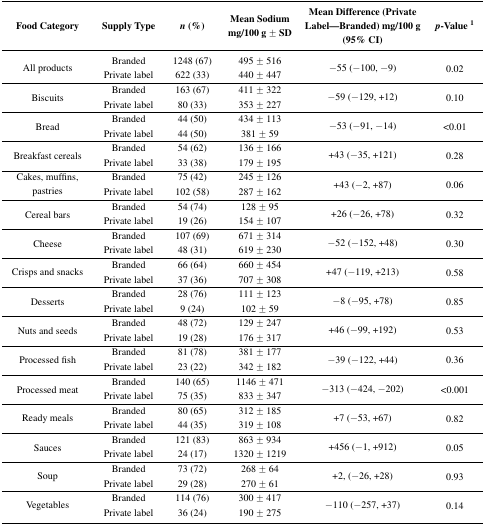
<table><thead><tr><td><b>Food Category</b></td><td><b>Supply Type</b></td><td><b><i>n</i> (%)</b></td><td><b>Mean Sodium mg/100 g ± SD</b></td><td><b>Mean Difference (Private Label—Branded) mg/100 g (95% CI)</b></td><td><b><i>p</i>-Value <sup>1</sup></b></td></tr></thead><tbody><tr><td rowspan="2">All products</td><td>Branded</td><td>1248 (67)</td><td>495 ± 516</td><td rowspan="2">−55 (−100, −9)</td><td rowspan="2">0.02</td></tr><tr><td>Private label</td><td>622 (33)</td><td>440 ± 447</td></tr><tr><td rowspan="2">Biscuits</td><td>Branded</td><td>163 (67)</td><td>411 ± 322</td><td rowspan="2">−59 (−129, +12)</td><td rowspan="2">0.10</td></tr><tr><td>Private label</td><td>80 (33)</td><td>353 ± 227</td></tr><tr><td rowspan="2">Bread</td><td>Branded</td><td>44 (50)</td><td>434 ± 113</td><td rowspan="2">−53 (−91, −14)</td><td rowspan="2">&lt;0.01</td></tr><tr><td>Private label</td><td>44 (50)</td><td>381 ± 59</td></tr><tr><td rowspan="2">Breakfast cereals</td><td>Branded</td><td>54 (62)</td><td>136 ± 166</td><td rowspan="2">+43 (−35, +121)</td><td rowspan="2">0.28</td></tr><tr><td>Private label</td><td>33 (38)</td><td>179 ± 195</td></tr><tr><td rowspan="2">Cakes, muffins, pastries</td><td>Branded</td><td>75 (42)</td><td>245 ± 126</td><td rowspan="2">+43 (−2, +87)</td><td rowspan="2">0.06</td></tr><tr><td>Private label</td><td>102 (58)</td><td>287 ± 162</td></tr><tr><td rowspan="2">Cereal bars</td><td>Branded</td><td>54 (74)</td><td>128 ± 95</td><td rowspan="2">+26 (−26, +78)</td><td rowspan="2">0.32</td></tr><tr><td>Private label</td><td>19 (26)</td><td>154 ± 107</td></tr><tr><td rowspan="2">Cheese</td><td>Branded</td><td>107 (69)</td><td>671 ± 314</td><td rowspan="2">−52 (−152, +48)</td><td rowspan="2">0.30</td></tr><tr><td>Private label</td><td>48 (31)</td><td>619 ± 230</td></tr><tr><td rowspan="2">Crisps and snacks</td><td>Branded</td><td>66 (64)</td><td>660 ± 454</td><td rowspan="2">+47 (−119, +213)</td><td rowspan="2">0.58</td></tr><tr><td>Private label</td><td>37 (36)</td><td>707 ± 308</td></tr><tr><td rowspan="2">Desserts</td><td>Branded</td><td>28 (76)</td><td>111 ± 123</td><td rowspan="2">−8 (−95, +78)</td><td rowspan="2">0.85</td></tr><tr><td>Private label</td><td>9 (24)</td><td>102 ± 59</td></tr><tr><td rowspan="2">Nuts and seeds</td><td>Branded</td><td>48 (72)</td><td>129 ± 247</td><td rowspan="2">+46 (−99, +192)</td><td rowspan="2">0.53</td></tr><tr><td>Private label</td><td>19 (28)</td><td>176 ± 317</td></tr><tr><td rowspan="2">Processed fish</td><td>Branded</td><td>81 (78)</td><td>381 ± 177</td><td rowspan="2">−39 (−122, +44)</td><td rowspan="2">0.36</td></tr><tr><td>Private label</td><td>23 (22)</td><td>342 ± 182</td></tr><tr><td rowspan="2">Processed meat</td><td>Branded</td><td>140 (65)</td><td>1146 ± 471</td><td rowspan="2">−313 (−424, −202)</td><td rowspan="2">&lt;0.001</td></tr><tr><td>Private label</td><td>75 (35)</td><td>833 ± 347</td></tr><tr><td rowspan="2">Ready meals</td><td>Branded</td><td>80 (65)</td><td>312 ± 185</td><td rowspan="2">+7 (−53, +67)</td><td rowspan="2">0.82</td></tr><tr><td>Private label</td><td>44 (35)</td><td>319 ± 108</td></tr><tr><td rowspan="2">Sauces</td><td>Branded</td><td>121 (83)</td><td>863 ± 934</td><td rowspan="2">+456 (−1, +912)</td><td rowspan="2">0.05</td></tr><tr><td>Private label</td><td>24 (17)</td><td>1320 ± 1219</td></tr><tr><td rowspan="2">Soup</td><td>Branded</td><td>73 (72)</td><td>268 ± 64</td><td rowspan="2">+2, (−26, +28)</td><td rowspan="2">0.93</td></tr><tr><td>Private label</td><td>29 (28)</td><td>270 ± 61</td></tr><tr><td rowspan="2">Vegetables</td><td>Branded</td><td>114 (76)</td><td>300 ± 417</td><td rowspan="2">−110 (−257, +37)</td><td rowspan="2">0.14</td></tr><tr><td>Private label</td><td>36 (24)</td><td>190 ± 275</td></tr></tbody></table>